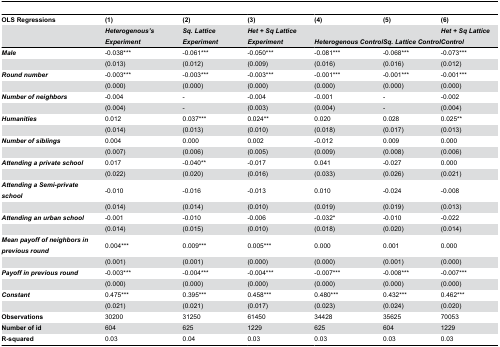
<table><thead><tr><td><b>OLS Regressions</b></td><td><b>(1)</b></td><td><b>(2)</b></td><td><b>(3)</b></td><td><b>(4)</b></td><td><b>(5)</b></td><td><b>(6)</b></td></tr><tr><td></td><td><b><i>Heterogenous’s Experiment</i></b></td><td><b><i>Sq. Lattice Experiment</i></b></td><td><b><i>Het + Sq Lattice Experiment</i></b></td><td><b><i>Heterogenous Control</i></b></td><td><b><i>Sq. Lattice Control</i></b></td><td><b><i>Het + Sq Lattice Control</i></b></td></tr></thead><tbody><tr><td><b><i>Male</i></b></td><td>-0.038***</td><td>-0.061***</td><td>-0.050***</td><td>-0.081***</td><td>-0.068***</td><td>-0.073***</td></tr><tr><td></td><td>(0.013)</td><td>(0.012)</td><td>(0.009)</td><td>(0.016)</td><td>(0.016)</td><td>(0.012)</td></tr><tr><td><b><i>Round number</i></b></td><td>-0.003***</td><td>-0.003***</td><td>-0.003***</td><td>-0.001***</td><td>-0.001***</td><td>-0.001***</td></tr><tr><td></td><td>(0.000)</td><td>(0.000)</td><td>(0.000)</td><td>(0.000)</td><td>(0.000)</td><td>(0.000)</td></tr><tr><td><b><i>Number of neighbors</i></b></td><td>-0.004</td><td>-</td><td>-0.004</td><td>-0.001</td><td>-</td><td>-0.002</td></tr><tr><td></td><td>(0.004)</td><td>-</td><td>(0.003)</td><td>(0.004)</td><td>-</td><td>(0.004)</td></tr><tr><td><b><i>Humanities</i></b></td><td>0.012</td><td>0.037***</td><td>0.024**</td><td>0.020</td><td>0.028</td><td>0.025**</td></tr><tr><td></td><td>(0.014)</td><td>(0.013)</td><td>(0.010)</td><td>(0.018)</td><td>(0.017)</td><td>(0.013)</td></tr><tr><td><b><i>Number of siblings</i></b></td><td>0.004</td><td>0.000</td><td>0.002</td><td>-0.012</td><td>0.009</td><td>0.000</td></tr><tr><td></td><td>(0.007)</td><td>(0.006)</td><td>(0.005)</td><td>(0.009)</td><td>(0.008)</td><td>(0.006)</td></tr><tr><td><b><i>Attending a private school</i></b></td><td>0.017</td><td>-0.040**</td><td>-0.017</td><td>0.041</td><td>-0.027</td><td>0.000</td></tr><tr><td></td><td>(0.022)</td><td>(0.020)</td><td>(0.016)</td><td>(0.033)</td><td>(0.026)</td><td>(0.021)</td></tr><tr><td><b><i>Attending a Semi-private school</i></b></td><td>-0.010</td><td>-0.016</td><td>-0.013</td><td>0.010</td><td>-0.024</td><td>-0.008</td></tr><tr><td></td><td>(0.014)</td><td>(0.014)</td><td>(0.010)</td><td>(0.019)</td><td>(0.019)</td><td>(0.013)</td></tr><tr><td><b><i>Attending an urban school</i></b></td><td>-0.001</td><td>-0.010</td><td>-0.006</td><td>-0.032*</td><td>-0.010</td><td>-0.022</td></tr><tr><td></td><td>(0.014)</td><td>(0.015)</td><td>(0.010)</td><td>(0.018)</td><td>(0.020)</td><td>(0.014)</td></tr><tr><td><b><i>Mean payoff of neighbors in previous round</i></b></td><td>0.004***</td><td>0.009***</td><td>0.005***</td><td>0.000</td><td>0.001</td><td>0.000</td></tr><tr><td></td><td>(0.001)</td><td>(0.001)</td><td>(0.000)</td><td>(0.000)</td><td>(0.001)</td><td>(0.000)</td></tr><tr><td><b><i>Payoff in previous round</i></b></td><td>-0.003***</td><td>-0.004***</td><td>-0.004***</td><td>-0.007***</td><td>-0.008***</td><td>-0.007***</td></tr><tr><td></td><td>(0.000)</td><td>(0.000)</td><td>(0.000)</td><td>(0.000)</td><td>(0.000)</td><td>(0.000)</td></tr><tr><td><b><i>Constant</i></b></td><td>0.475***</td><td>0.395***</td><td>0.458***</td><td>0.480***</td><td>0.432***</td><td>0.462***</td></tr><tr><td></td><td>(0.021)</td><td>(0.021)</td><td>(0.017)</td><td>(0.023)</td><td>(0.024)</td><td>(0.020)</td></tr><tr><td><b>Observations</b></td><td>30200</td><td>31250</td><td>61450</td><td>34428</td><td>35625</td><td>70053</td></tr><tr><td><b>Number of id</b></td><td>604</td><td>625</td><td>1229</td><td>625</td><td>604</td><td>1229</td></tr><tr><td><b>R-squared</b></td><td>0.03</td><td>0.04</td><td>0.03</td><td>0.03</td><td>0.03</td><td>0.03</td></tr></tbody></table>